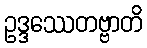
ဥဒ္ဒဿေတဗ္ဗာတိ